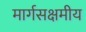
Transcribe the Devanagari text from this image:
मार्गसक्षमीय